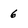
Character: 6